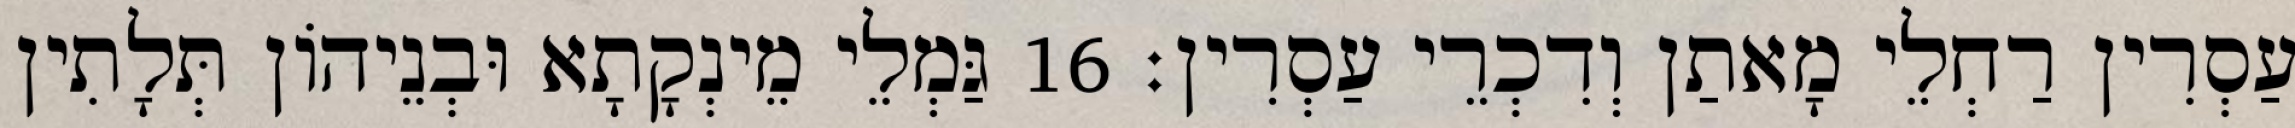
עַסְרִין רַחְלֵי מָאתַן וְדִכְרֵי עַסְרִין׃ 16 גַּמְלֵי מֵינְקָתָא וּבְנֵיהוֹן תְּלָתִין